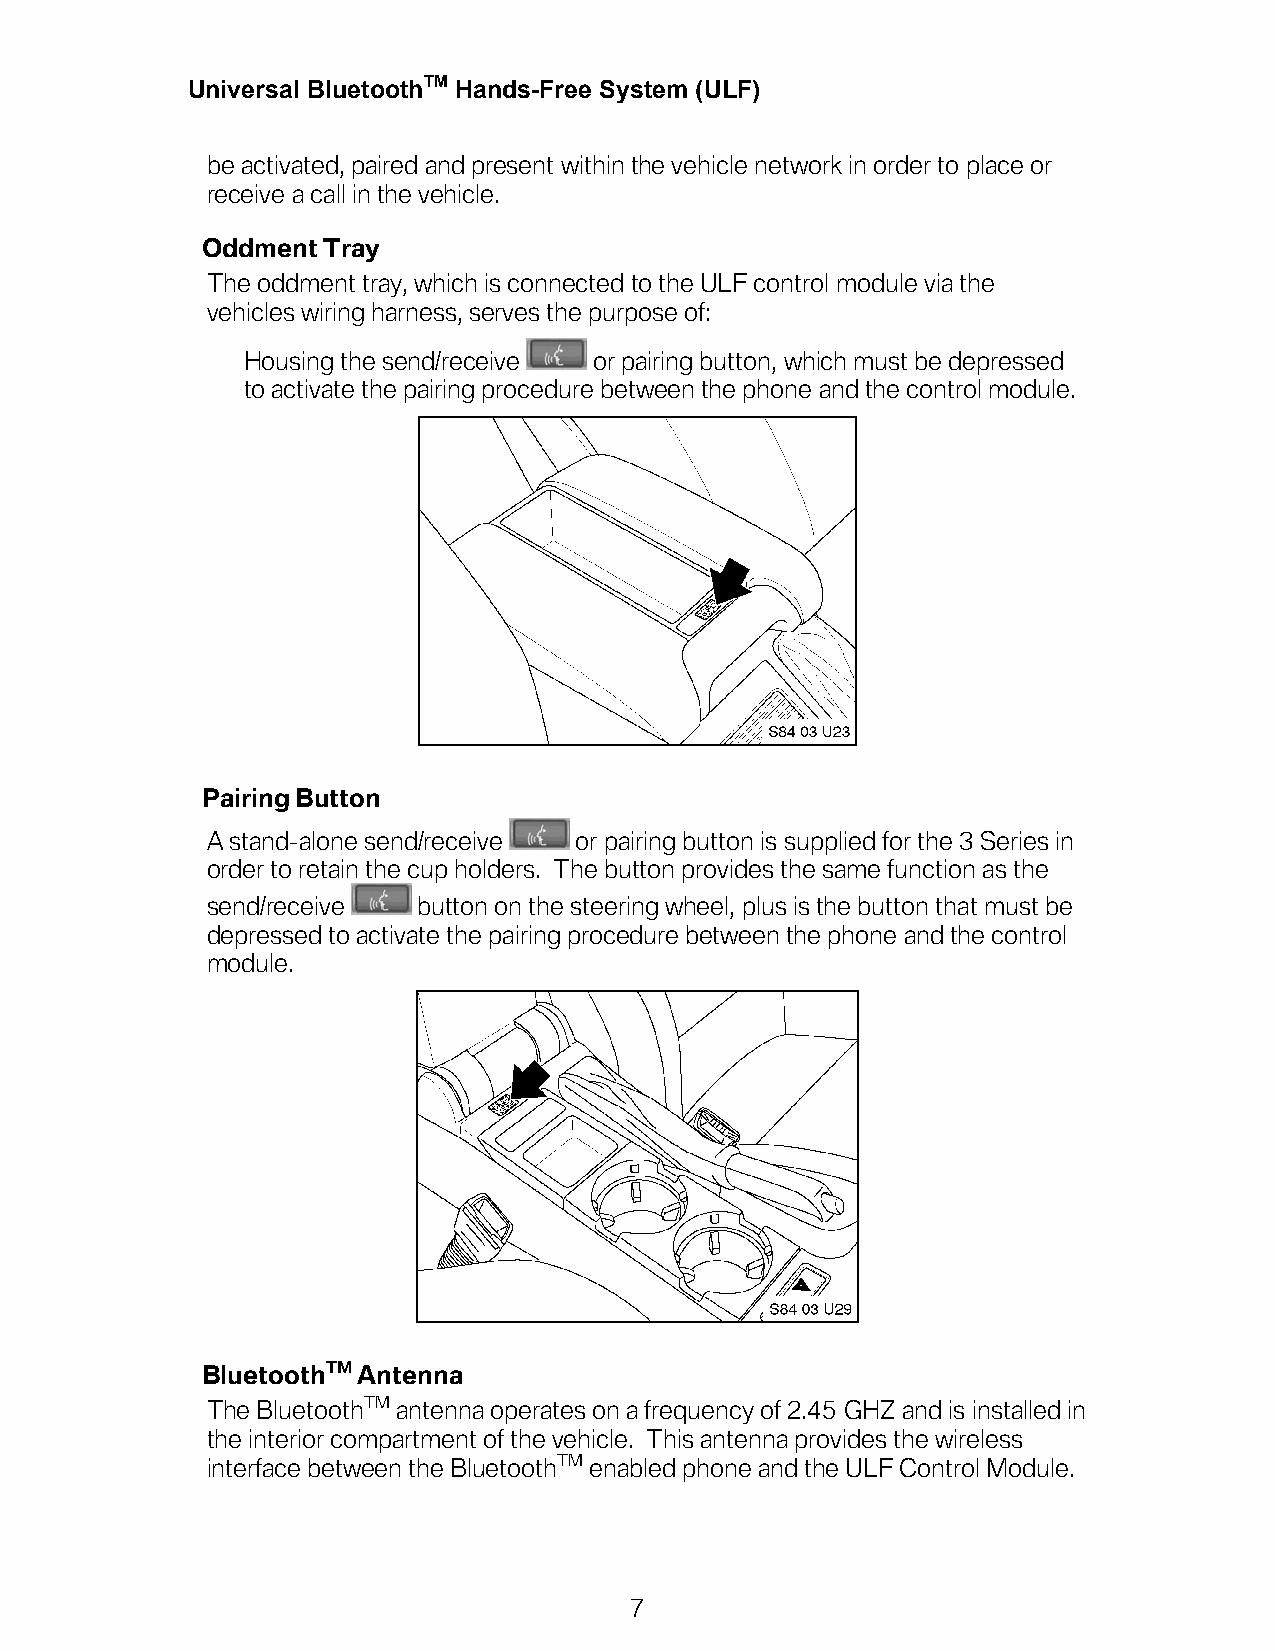
Universal BluetoothTM Hands-Free System (ULF)
 be activated, paired and present within the vehicle network in order to place or
 receive a call in the vehicle.
 Oddment Tray
 The oddment tray, which is connected to the ULF control module via the
 vehicles wiring harness, serves the purpose of:
 Housing the send/receive or pairing button, which must be depressed
 to activate the pairing procedure between the phone and the control module.
 Pairing Button
 A stand-alone send/receive or pairing button is supplied for the 3 Series in
 order to retain the cup holders. The button provides the same function as the
 send/receive  button on the steering wheel, plus is the button that must be
 depressed to activate the pairing procedure between the phone and the control
 module.
 BluetoothTM Antenna
 The BluetoothTM antenna operates on a frequency of 2.45 GHZ and is installed in
 the interior compartment of the vehicle. This antenna provides the wireless
 interface between the BluetoothTM enabled phone and the ULF Control Module.
 7